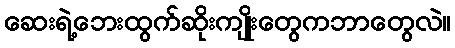
ဆေးရဲ့ဘေးထွက်ဆိုးကျိုးတွေကဘာတွေလဲ။